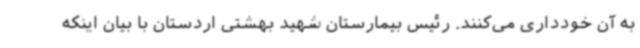
به آن خودداری می‌کنند. رئیس بیمارستان شهید بهشتی اردستان با بیان اینکه